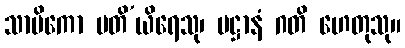
သာမိကော ပတိ’ယိရေသု၊ ပဋ္ဌာနံ ဂတိ ဟေတုသု။